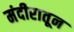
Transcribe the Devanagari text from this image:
मंदीरातून